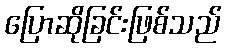
ပြောဆိုခြင်းဖြစ်သည်